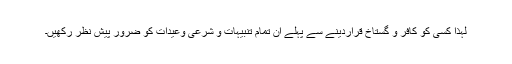
لہذا کسی کو کافر و گستاخ قراردینے سے پہلے ان تمام تنبیہات و شرعی وعیدات کو ضرور پیش نظر رکھیں۔